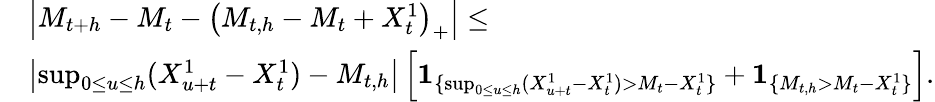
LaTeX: \begin{array}{rl}&{\left|M_{t+h}-M_{t}-\left(M_{t,h}-M_{t}+X_{t}^{1}\right)_{+}\right|\leq}\\ &{\left|\operatorname*{sup}_{0\leq u\leq h}(X_{u+t}^{1}-X_{t}^{1})-M_{t,h}\right|\left[{\mathbf 1}_{\{ \operatorname*{sup}_{0\leq u\leq h}(X_{u+t}^{1}-X_{t}^{1})>M_{t}-{X_{t}^{1}}\} }+{\mathbf 1}_{\{ M_{t,h}>M_{t}-X_{t}^{1}\} }\right].}\end{array}